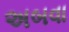
અબવા